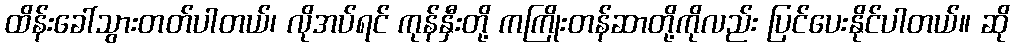
ထိန်းခေါ်သွားတတ်ပါတယ်၊ လိုအပ်ရင် ကုန်နှီးတို့ ကကြိုးတန်ဆာတို့ကိုလည်း ပြင်ပေးနိုင်ပါတယ်။ ဆို